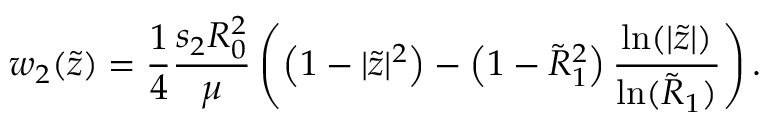
w _ { 2 } ( \tilde { z } ) = \frac { 1 } { 4 } \frac { s _ { 2 } R _ { 0 } ^ { 2 } } { \mu } \left( \left( 1 - | \tilde { z } | ^ { 2 } \right) - \left( 1 - \tilde { R } _ { 1 } ^ { 2 } \right) \frac { \ln ( | \tilde { z } | ) } { \ln ( \tilde { R } _ { 1 } ) } \right) .